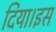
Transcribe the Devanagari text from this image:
दिया।इस